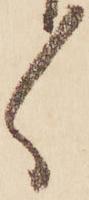
ゝ